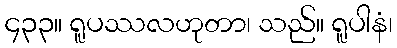
၄၃၃။ ရူပဿလဟုတာ၊ သည်။ ရူပါနံ၊